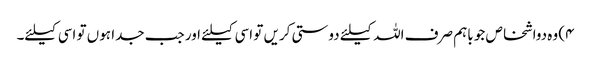
۴) وہ دواشخاص جو باہم صرف اللہ کیلئے دوستی کریں تو اسی کیلئے اور جب جدا ہوں تو اسی کیلئے۔